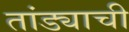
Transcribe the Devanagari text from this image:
तांड्याची